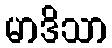
မာဒိသာ